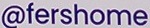
@fershome